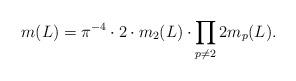
LaTeX: \begin{align*}m(L)=\pi^{-4}\cdot 2\cdot m_2(L)\cdot \prod_{p\neq 2}2m_p(L).\end{align*}